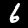
Digit: 6